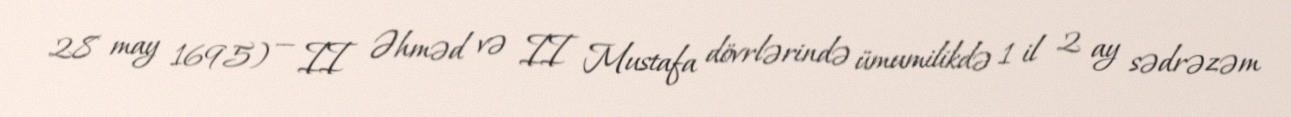
28 may 1695) — II Əhməd və II Mustafa dövrlərində ümumilikdə 1 il 2 ay sədrəzəm